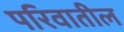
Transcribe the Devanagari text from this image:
परिवातील